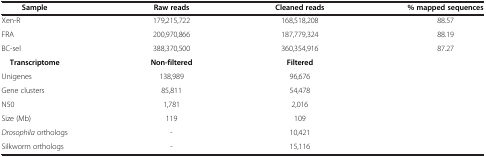
<table><thead><tr><td><b>Sample</b></td><td><b>Raw reads</b></td><td><b>Cleaned reads</b></td><td><b>% mapped sequences</b></td></tr></thead><tbody><tr><td>Xen-R</td><td>179,215,722</td><td>168,518,208</td><td>88.57</td></tr><tr><td>FRA</td><td>200,970,866</td><td>187,779,324</td><td>88.19</td></tr><tr><td>BC-sel</td><td>388,370,500</td><td>360,354,916</td><td>87.27</td></tr><tr><td><b>Transcriptome</b></td><td><b>Non-filtered</b></td><td><b>Filtered</b></td><td> </td></tr><tr><td>Unigenes</td><td>138,989</td><td>96,676</td><td> </td></tr><tr><td>Gene clusters</td><td>85,811</td><td>54,478</td><td> </td></tr><tr><td>N50</td><td>1,781</td><td>2,016</td><td> </td></tr><tr><td>Size (Mb)</td><td>119</td><td>109</td><td> </td></tr><tr><td><i>Drosophila</i> orthologs</td><td>-</td><td>10,421</td><td> </td></tr><tr><td>Silkworm orthologs</td><td>-</td><td>15,116</td><td> </td></tr></tbody></table>